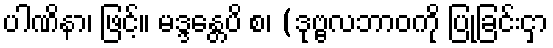
ပါဏိနာ၊ ဖြင့်။ မဒ္ဒန္တေပိ စ၊ (ဒုဗ္ဗလဘာဝကို ပြုခြင်းငှာ